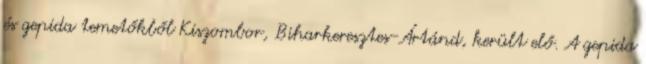
és gepida temetőkből Kiszombor, Biharkeresztes-Ártánd, került elő. A gepida